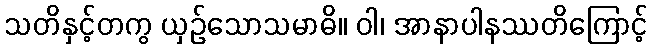
သတိနှင့်တကွ ယှဉ်သောသမာဓိ။ ဝါ၊ အာနာပါနဿတိကြောင့်